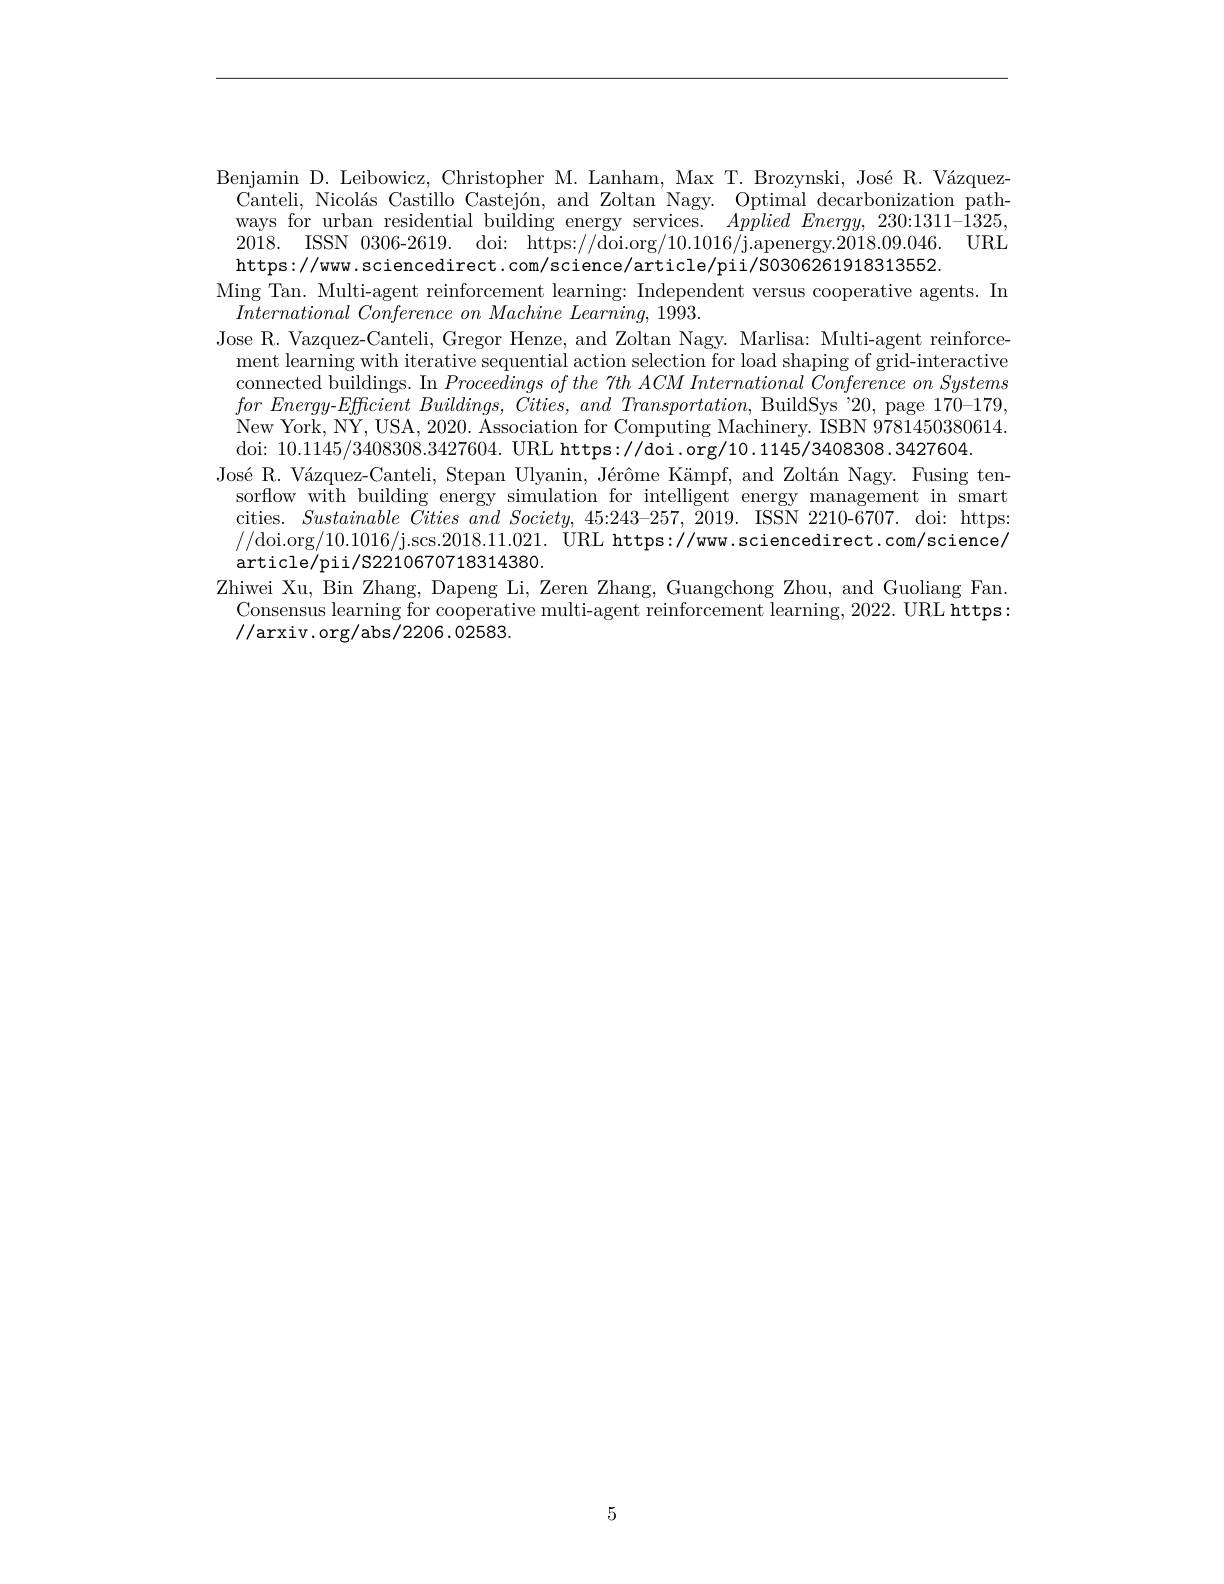
Benjamin D. Leibowicz, Christopher M. Lanham, Max T. Brozynski, José R. Vázquez-
Canteli, Nicolás Castillo Castejón, and Zoltan Nagy. Optimal decarbonization pathways for urban residential building energy services. $AppliedEnergy,230:1311-\dot{1}325$, 2018. ISSN 0306-2619. doi: https://doi.org/10.1016/j.apenergy.2018.09.046. URL https://www.sciencedirect.com/science/article/pii/S0306261918313552.
Ming Tan. Multi-agent reinforcement learning: Independent versus cooperative agents. In
$International\textit{ Conference on Machine Learning, 1993. }$
Jose R. Vazquez-Canteli, Gregor Henze, and Zoltan Nagy. Marlisa: Multi-agent reinforcement learning with iterative sequential action selection for load shaping of grid-interactive connected buildings. In Proceedings of the 7th ACM International Conference on Systems $forEnergy- Efficient\textit{ Buildings, Cities, and Transportation, BuildSys " 20, page 170- 179, }$ New York, NY, USA, 2020. Association for Computing Machinery. ISBN 9781450380614. $doi: $10.1145/3408308.3427604.$ URL https://doi.org/10.1145/3408308.3427604.$
José R. Vázquez-Canteli, Stepan Ulyanin, Jérôme Kämpf, and Zoltán Nagy. Fusing tensorflow with building energy simulation for intelligent energy management in smart cities. $Sustainable\textit{ Cities and Society, 45: 243- 257, Z019. ISSN 2210- 6707. doi: https: }$ //doi.org/10.1016/j.scs.2018.11.021. ÜRL https://www.sciencedirect.com/science/ article/pii/S2210670718314380.
Zhiwei Xu, Bin Zhang, Dapeng Li, Zeren Zhang, Guangchong Zhou, and Guoliang Fan. Consensus learning for cooperative multi-agent reinforcement learning, 2022. URL https: //arxiv.org/abs/2206.02583.

5